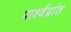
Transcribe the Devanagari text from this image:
पार्श्वप्रांत